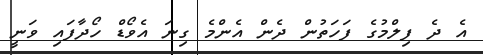
އެ ދެ ފިލްމުގެ ފަހަތުން ދެން އެންމެ ގިނަ އެވޯޑް ހޯދާފައި ވަނީ